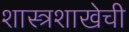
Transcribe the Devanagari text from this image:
शास्त्रशाखेची